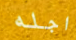
اجله